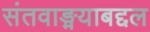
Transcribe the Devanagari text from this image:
संतवाङ्मयाबद्दल